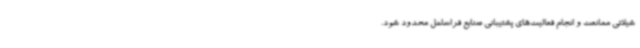
شیلاتی ممانعت و انجام فعالیت‌های پشتیبانی صنایع فراساحل محدود شود.